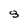
Character: 8